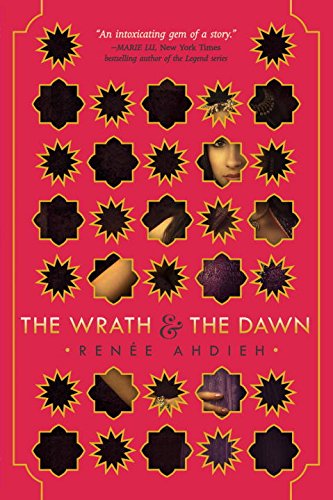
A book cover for The Wrath and the Dawn; RenÃ©e Ahdieh; Teen & Young Adult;